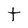
Character: t